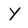
Character: Y